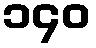
၁၄၀